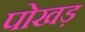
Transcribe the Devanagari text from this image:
पोखड़